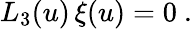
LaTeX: L_{3}(u)\, \xi(u)=0\ .